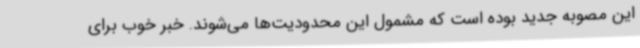
این مصوبه جدید بوده است که مشمول این محدودیت‌ها می‌شوند. خبر خوب برای